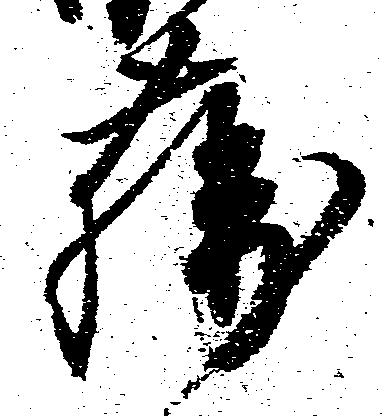
藤